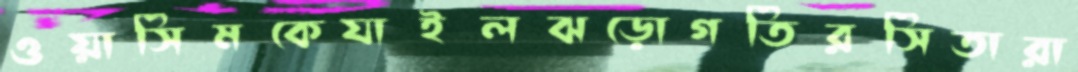
ওয়াসিমকেযাইলঝড়োগতিরসিতারা